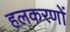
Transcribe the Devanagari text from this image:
हलकरणों